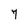
Character: 7